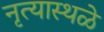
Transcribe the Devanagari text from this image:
नृत्यास्थळे